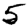
Digit: 5